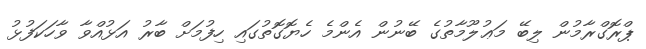
ޕްރޮގްރާމުން ލިބޭ މަޢުލޫމާތުގެ ބޭނުން އެންމެ ހެޔޮގޮތުގައި ހިފުމަށް ބާރު އަޅުއްވާ ވާހަކަފުޅު